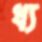
ধ্য